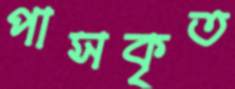
পাসকৃত